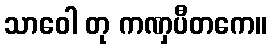
သာဝေါ တု ကဏှပီတကေ။